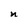
Character: n